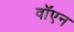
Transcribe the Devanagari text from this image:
वॉएन